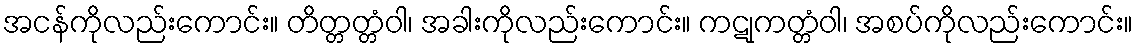
အငန်ကိုလည်းကောင်း။ တိတ္တတ္တံဝါ၊ အခါးကိုလည်းကောင်း။ ကဋုကတ္တံဝါ၊ အစပ်ကိုလည်းကောင်း။